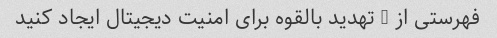
فهرستی از 5 تهدید بالقوه برای امنیت دیجیتال ایجاد کنید